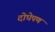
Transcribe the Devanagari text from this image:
दोघेपण